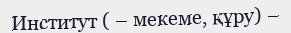
Институт ( – мекеме, құру) –